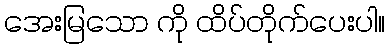
အေးမြသော ကို ထိပ်တိုက်ပေးပါ။